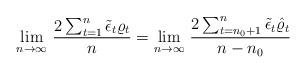
LaTeX: \begin{align*}\underset{n\rightarrow\infty}{\lim}~\frac{2\sum_{t=1}^n\tilde\epsilon_t\varrho_t}{n}=\underset{n\rightarrow\infty}{\lim}~\frac{2\sum_{t=n_0+1}^n\tilde\epsilon_t\hat\varrho_t}{n-n_0}\end{align*}